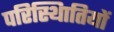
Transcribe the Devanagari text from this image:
परिस्थिातियों